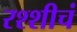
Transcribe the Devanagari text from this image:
रश्शीचं